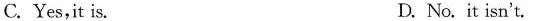
C.Yes,it is. D. No.It isn't.